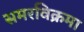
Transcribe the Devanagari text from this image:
समरविक्रमा